King Institute of Preventive Medicine Micro-Biological Section reports 1912-19
Year: 1912
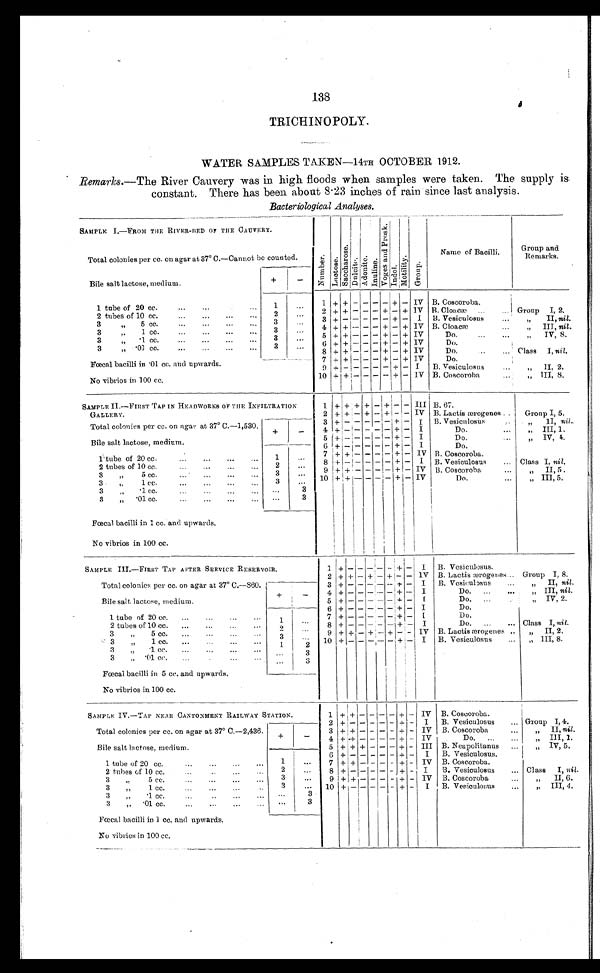
138
TRICHINOPOLY.
WATER SAMPLES TAKEN—14TH OCTOBER 1912.
Remarks. —The River Cauvery was in high floods when samples were taken. The supply is
constant. There has been about 8.23 inches of rain since last analysis.
Bacteriological Analyses.
SAMPLE I.—FROM THE RIVER-BED OF TEE CAUVERY.
Total colonies per cc. on agar at 37° C.—Cannot be counted.
Number . Lact os e.
S a c c h a r o s e .
Dul ci t o. Adoni t e. I n u l i n e .
V o g e s a n d P r o s k . I n d o l .
M o t i l i t y . Group.
Name of Bacilli.
Group and
Remarks.
Bile salt lactose, medium.
+
-
1 tube of 20 cc.
...
...
1
...
1 + + - - - - + - IV B. Coscoroba.
2 t u b e s o f 1 0 c c . . . . . . . . . . . . .
2
...
2 + + - - - - + + IV B. Cloacæ...
... I Group I, 2.
3 " 5 cc.
3
...
3 + - - - - - + -
I B. Vesiculosus
...
"
II, nil.
3 " 5 cc. ... ... ...
...
3
...
4 + + - - - + - + IV B. Cloacæ
" III, nil.
3 " 1 cc.
3
...
5 + + - - - + - + IV
Do.
...
...
"
IV , 8.
3
" .01 cc.
...
...
...
...
3
...
6 + + - - - + - + IV
Do.
8 + + - - - + - + IV
Do.
... Class I, nil.
Fœcal bacilli in .01 cc. and upwards.
No vibrios 100 cc.
7 + + - - - + - + IV
Do.
9 + - - - - - + - I
B. Vesiculosus
" II, 2.
10 + +
- - - - + - IV B. Coscoroba
" III, 8.
SAMPLE II.—FIRST TAP IN HEADWORKS OF THE INFILTRATION
GALLERY.
Total colonies per cc. on agar at 37° C.—1,530.
1 + + + +
- + - - III B. 97.
2 + + - + - + - - IV B. Lactis ærogenes
Group I, 5.
3 + - - - - - + -
I B3. Vesiculosus
" II,
nil.
4 + - - - - - + -
I
Do.
" III, 1,
Bile salt lactose, medium.
+
-
5 + - - - - - + -
I
Do.
...
" IV, 4..
6 + - - - - - + -
I
Do.
1 tube of 20 cc
1
...
7 + + - - - - + - IV B. Coscoroba.
2 tubes of 10 cc.
...
...
...
...
2
...
8 + - - - - - + -
I
B. Vesiculosus
... Class I, nil.
3 " 5 cc.
3
...
9 + + - - - - + - IV B. Coscoroba
" II, 5 .
3 „ 5 cc.
3
...
10 + + - - - - + - IV
Do.
...
„ III, 5.
3
"
•1 cc.
...
...
3
3
"
.01 cc.
...
...
...
... ...
3
Fœcal bacilli in 1 cc, and upwards.
No vibrios in 100 cc.
SAMPLE III.—FIRsT TAP AFTER SERVICE RESERVOIR.
Total colonies per cc. on agar at 3 7 ° C.—860.
1 + - - - - - + -
I B. Vesiculcsus.
2 + + - + - + - - IV B. Lactis ærogenes... Group I, 8.
3 + - - - - - + -
I
B. Vcsiculosus
...
"
II, nil.
Bile salt lactose, medium.
+
-
4 + - - - - - + -
I
Do.
...
...
" III, nil.
5 + - - - - - + -
I
Do. ...
Do.
" IV, 2.
1 tube of 20 cc.
...
...
...
...
1
...
6 + - - - - - + -
I Do.
7 + - - - - - + - I
Do.
2 tubes of. 10 cc.
...
...
...
...
2
...
8 + + - - - - + -
I
Do.
...
... Class I, nil.
9 + + - + - + - - IV
I
B. Lactis ærogenes .. "
II, 2.
3
„
5 cc.
...
...
...
3 ...
3
" 1 cc.
1
2
10 + - - - - - + - I
B. Ve s i c u l o s u s " III, 8.
3 " . 1 cc.
...
3
3
.01 cc.
...
3
Fœcal bacilli in 5 cc. and upwards.
No vibrios in 100 cc.
SAMPLE IV.—TAP NEAR CANTONMENT RAILWAY STATION.
Total colonies per cc. on agar at 37° C.—2,436.
1 + + - - - - + - IV B. Coscoroba.
2 + - - - -
- - + -
I
B. Vesiculosus
... Group I, 4.
3 + + - - - - + - IV B. Coscoroba
" II, nil.
Bile salt lactose, medium.
+
-
4 + + - - - - + - IV
Do.
...
...
„ III, 1.
5 + + + - - - + - III B. Neapolitanus
„ IV, 5.
6 + - - - - - + -
I
B. Vesiculosus.
1 tube of 20 cc.
...
...
1
...
7 + + - - - - + - IV B. Coscoroba.
2 tubes of 10 cc.
2
...
8 + - - - - - + - I B. Vesiculosus
... Class I, nil.
3
,.
5 cc.
...
...
...
...
3
...
9 + + - - - - + - IV B. Coscoroba
" II, 6.
3
1 cc.
3
...
10 + - - - - - + -
I
B. Vesiculosus
...
„ 111, 4,
3 " .1 cc.
...
3
3
"
.01 cc.
...
3
Fœtal bacilli in 1 cc. and upwards.
No vibrios in 100 cc.